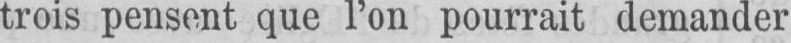
trois pensent que l’on pourrait demander